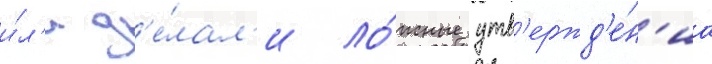
и́л'и д'е́лал'и ло́жные утв'ержд'е́н'иа